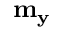
\mathbf { m _ { y } }